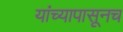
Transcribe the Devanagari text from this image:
यांच्यापासूनच